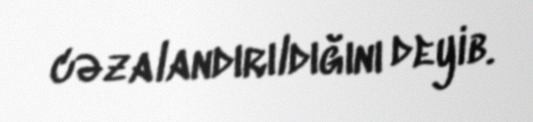
cəzalandırıldığını deyib.